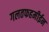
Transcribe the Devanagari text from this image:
गलतफहमीईन